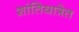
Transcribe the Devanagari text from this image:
शांतियात्रेत